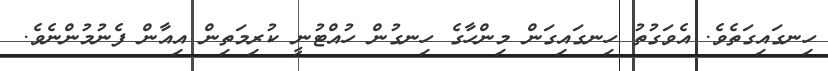
ހިނގައިގަތެވެ. އެވަގުތު ހިނގައިގަން މިންހާގެ ހިނގުން ހުއްޓުނީ ކުރިމަތިން އިއާން ފެނުމުންނެވެ.